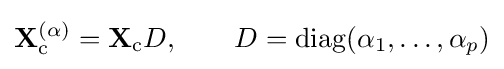
\mathbf {X} _{\text{c}}^{(\alpha )}=\mathbf {X} _{\text{c}}D,\qquad D=\operatorname {diag} (\alpha _{1},\ldots ,\alpha _{p})